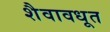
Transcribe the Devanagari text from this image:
शैवावधूत